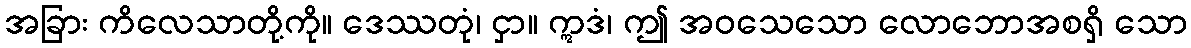
အခြား ကိလေသာတို့ကို။ ဒေဿတုံ၊ ငှာ။ ဣဒံ၊ ဤ အဝသေသော လောဘောအစရှိ သော